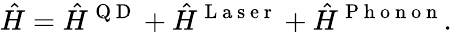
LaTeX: \hat{H}=\hat{H}^{\mathrm{~Q~D~}}+\hat{H}^{\mathrm{~L~a~s~e~r~}}+\hat{H}^{\mathrm{~P~h~o~n~o~n~}}.